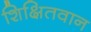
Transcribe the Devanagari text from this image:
शिक्षितवान